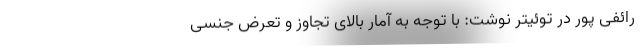
رائفی پور در توئیتر نوشت: با توجه به آمار بالای تجاوز و تعرض جنسی